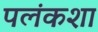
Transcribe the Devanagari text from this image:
पलंकशा